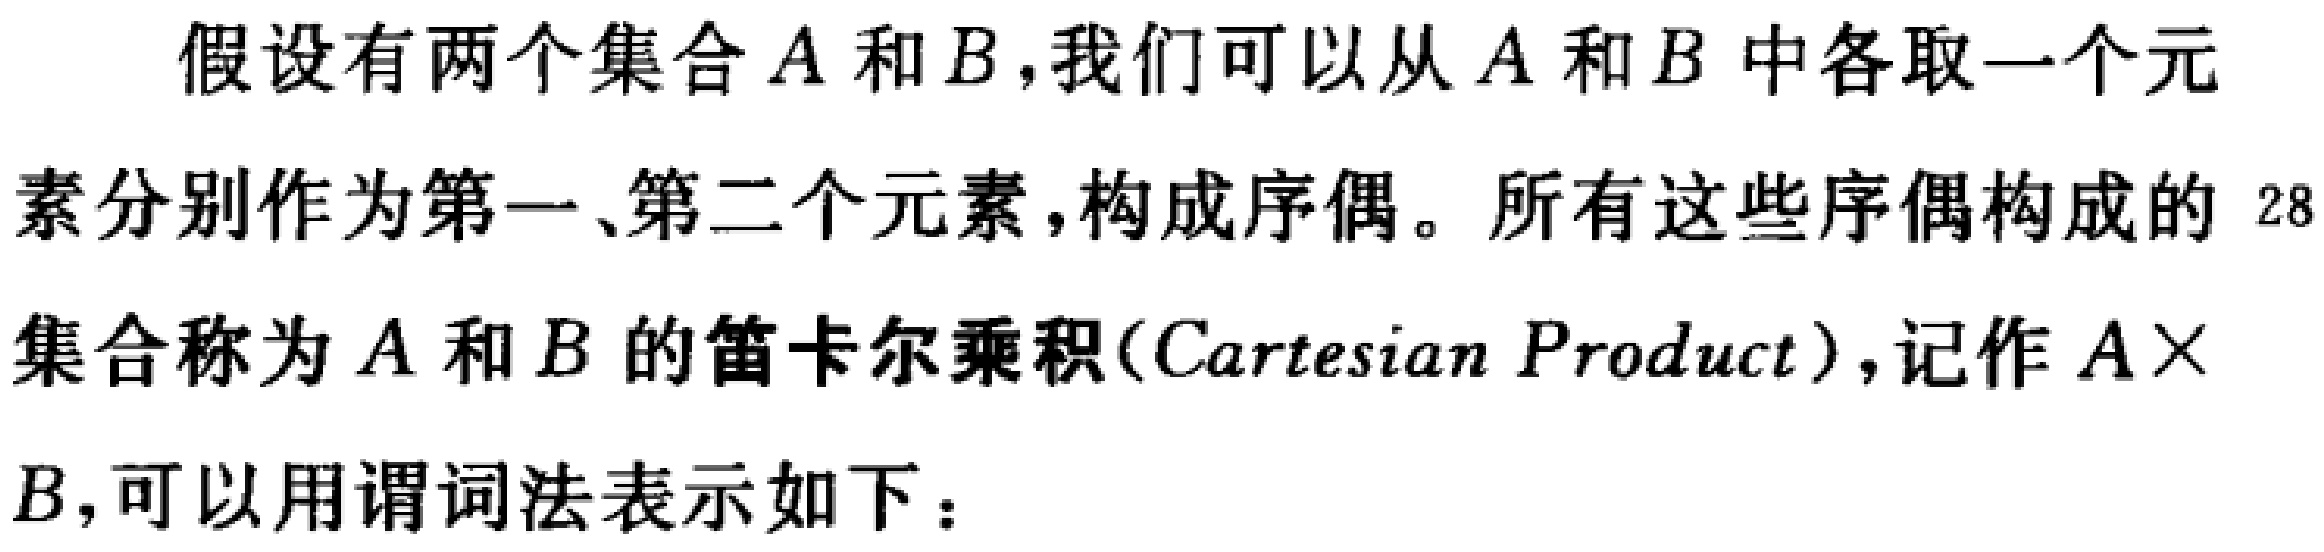
假设有两个集合\(A\)和\(B\)，我们可以从\(A\)和\(B\)中各取一个元素分别作为第一、第二个元素，构成序偶。所有这些序偶构成的集合称为\(A\)和\(B\)的笛卡尔乘积(Cartesian Product)，记作\(A\times B\)，可以用谓词法表示如下：